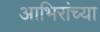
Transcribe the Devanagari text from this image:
आभिरांच्या